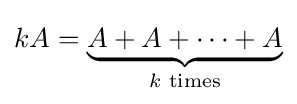
kA=\underbrace {A+A+\cdots +A} _{k{\text{ times}}}